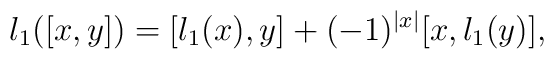
l_1([x,y])=[l_1(x),y]+(-1)^{|x|}[x,l_1(y)],